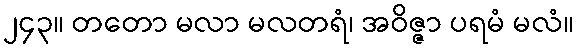
၂၄၃။ တတော မလာ မလတရံ၊ အဝိဇ္ဇာ ပရမံ မလံ။